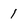
Character: 1